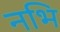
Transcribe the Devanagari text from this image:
नभि